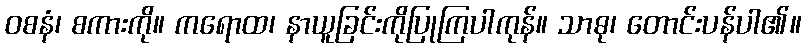
ဝစနံ၊ စကားကို။ ကရောထ၊ နာယူခြင်းကိုပြုကြပါကုန်။ သာဓု၊ တောင်းပန်ပါ၏။